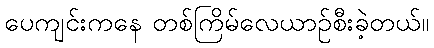
ပေကျင်းကနေ တစ်ကြိမ်လေယာဉ်စီးခဲ့တယ်။